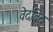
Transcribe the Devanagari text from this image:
वेदविद्